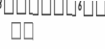
٤٠